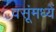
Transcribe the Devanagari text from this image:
वसूंमध्यें